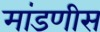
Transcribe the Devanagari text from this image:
मांडणीस